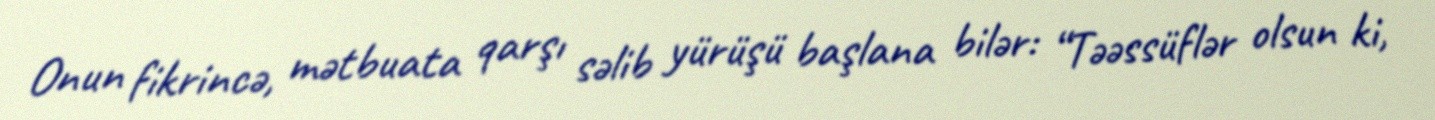
Onun fikrincə, mətbuata qarşı səlib yürüşü başlana bilər: “Təəssüflər olsun ki,